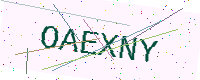
Text: OAEXNY